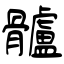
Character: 髗